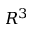
R ^ { 3 }